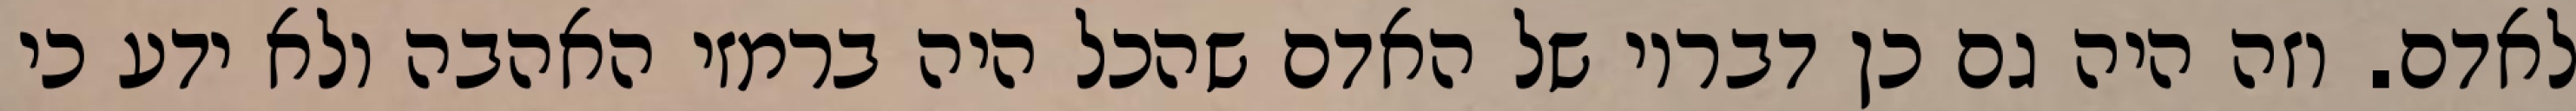
לאדם. וזה היה גם כן דבריו של האדם שהכל היה ברמזי האהבה ולא ידע כי